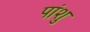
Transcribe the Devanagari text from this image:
पांशु